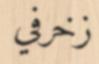
زخرفي